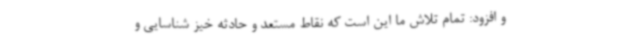
و افزود: تمام تلاش ما این است که نقاط مستعد و حادثه خیز شناسایی و